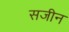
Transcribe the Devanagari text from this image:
सजीन